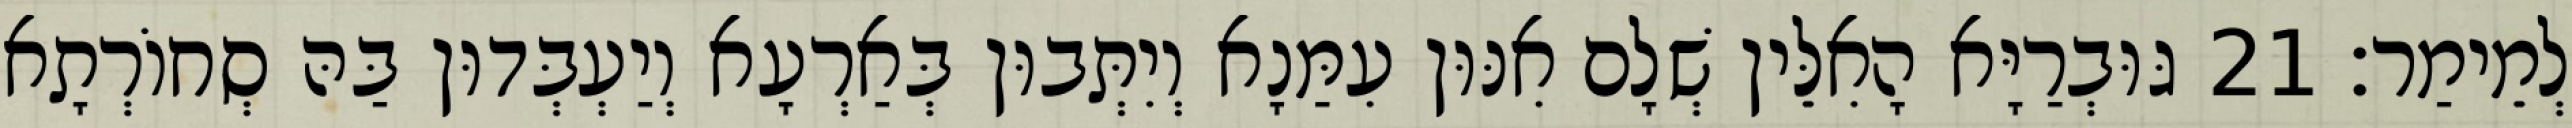
לְמֵימַר׃ 21 גּוּבְרַיָּא הָאִלֵּין שְׁלָם אִנּוּן עִמַּנָא וְיִתְּבוּן בְּאַרְעָא וְיַעְבְּדוּן בַּהּ סְחוֹרְתָא